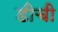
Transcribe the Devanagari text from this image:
डीची